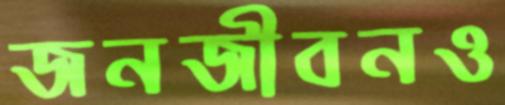
জনজীবনও